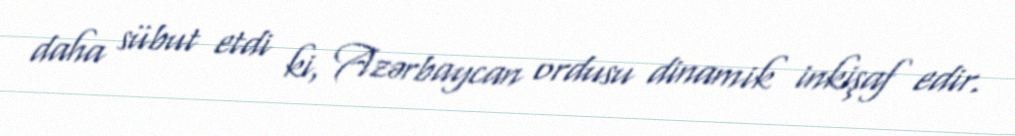
daha sübut etdi ki, Azərbaycan ordusu dinamik inkişaf edir.